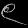
Digit: ၉